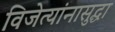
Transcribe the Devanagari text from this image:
विजेत्यांनासुद्धा